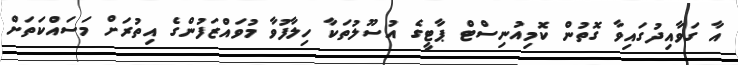
އާ ގަވާއިދުގައިވާ ގޮތުން ކޮމިއުނިސްޓް ޕާޓީގެ އުސޫލުތަކާ ހިލާފުވާ މުވައްޒަފުންގެ އިތުރަށް މަސައްކަތަށް